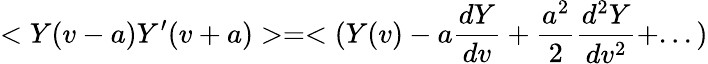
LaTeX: <Y(v-a)Y^{\prime}(v+a)>=<(Y(v)-a{\frac{dY}{dv}}+{\frac{a^{2}}{2}}{\frac{d^{2}Y}{dv^{2}}}+...)